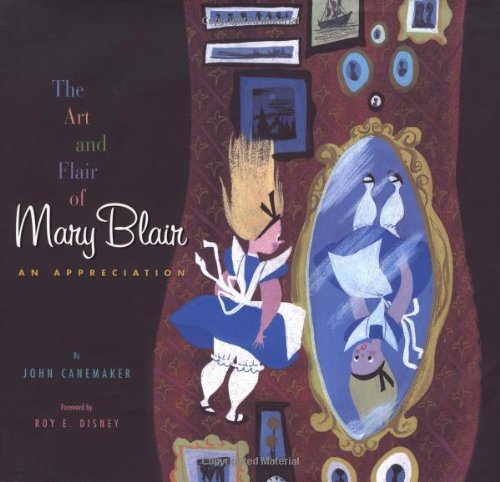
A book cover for The Art and Flair of Mary Blair; John Canemaker; Humor & Entertainment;